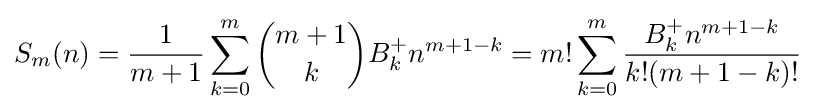
S_{m}(n)={\frac {1}{m+1}}\sum _{k=0}^{m}{\binom {m+1}{k}}B_{k}^{+}n^{m+1-k}=m!\sum _{k=0}^{m}{\frac {B_{k}^{+}n^{m+1-k}}{k!(m+1-k)!}}